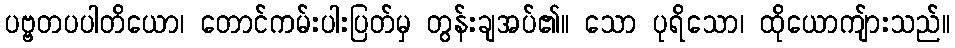
ပဗ္ဗတပပါတိယော၊ တောင်ကမ်းပါးပြတ်မှ တွန်းချအပ်၏။ သော ပုရိသော၊ ထိုယောကျ်ားသည်။